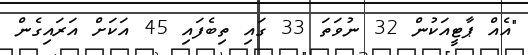
"އެއް ޕާޓީއަކުން 32 ނުވަތަ 33 ގައި ތިބެފައި 45 އަކަށް އަރައިގެން